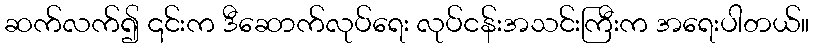
ဆက်လက်၍ ၎င်းက ဒီဆောက်လုပ်ရေး လုပ်ငန်းအသင်းကြီးက အရေးပါတယ်။